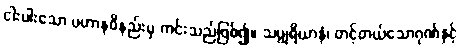
ငါးပါးသော ပဟာနဝိနည်းမှ ကင်းသည်ဖြစ်၍။ သပ္ပုရိယာနံ၊ တင့်တယ်သောဂုဏ်နှင့်